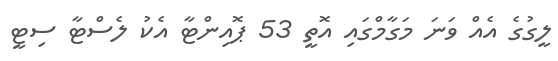
ލީގުގެ އެއް ވަނަ މަގާމްގައި އޮތީ 53 ޕޮއިންޓާ އެކު ލެސްޓާ ސިޓީ